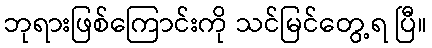
ဘုရားဖြစ်ကြောင်းကို သင်မြင်တွေ့ရ ပြီ။